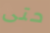
حتى